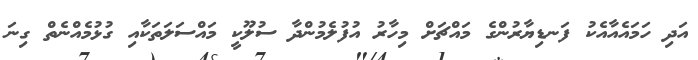
އަދި ހަމައެއާއެކު ފަނޑިޔާރުންގެ މައްޗަށް މިހާރު އުފުލެމުންދާ ސުލޫކީ މައްސަލަތަކާއި ގުޅުމެއްނެތް ގިނަ